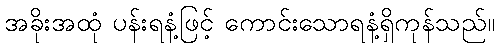
အခိုးအထုံ ပန်းရနံ့ဖြင့် ကောင်းသောရနံ့ရှိကုန်သည်။